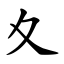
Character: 夊